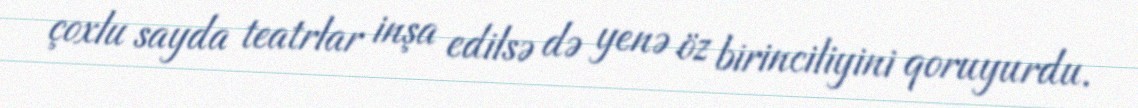
çoxlu sayda teatrlar inşa edilsə də yenə öz birinciliyini qoruyurdu.